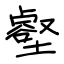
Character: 壑